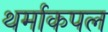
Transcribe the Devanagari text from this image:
थर्माकपल